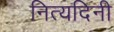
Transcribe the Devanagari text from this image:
नित्यदिनी